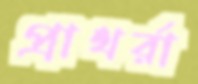
প্রাথর্রা